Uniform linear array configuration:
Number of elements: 64
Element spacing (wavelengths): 0.75
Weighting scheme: hann
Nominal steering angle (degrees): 15
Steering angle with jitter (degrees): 14.395
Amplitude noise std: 0.05
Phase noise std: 0.05

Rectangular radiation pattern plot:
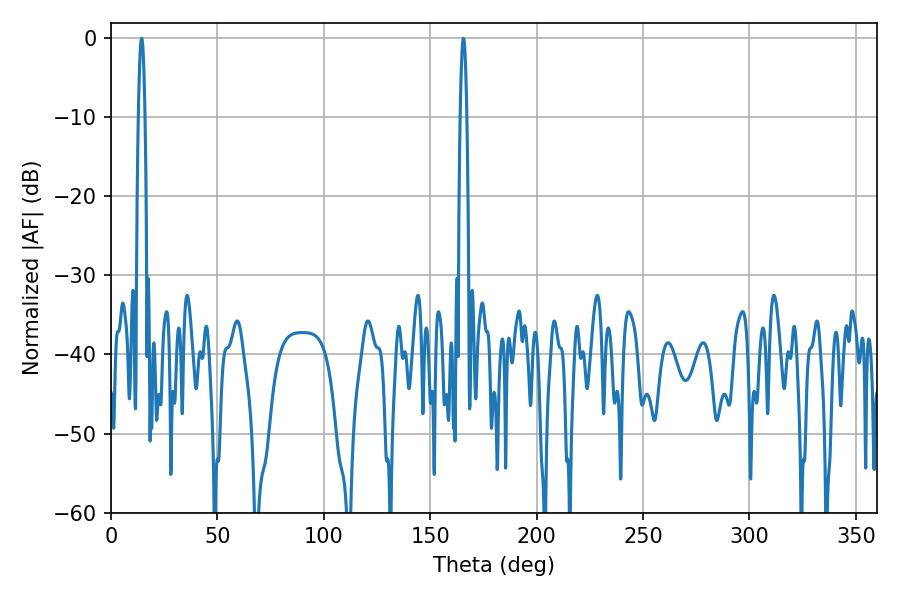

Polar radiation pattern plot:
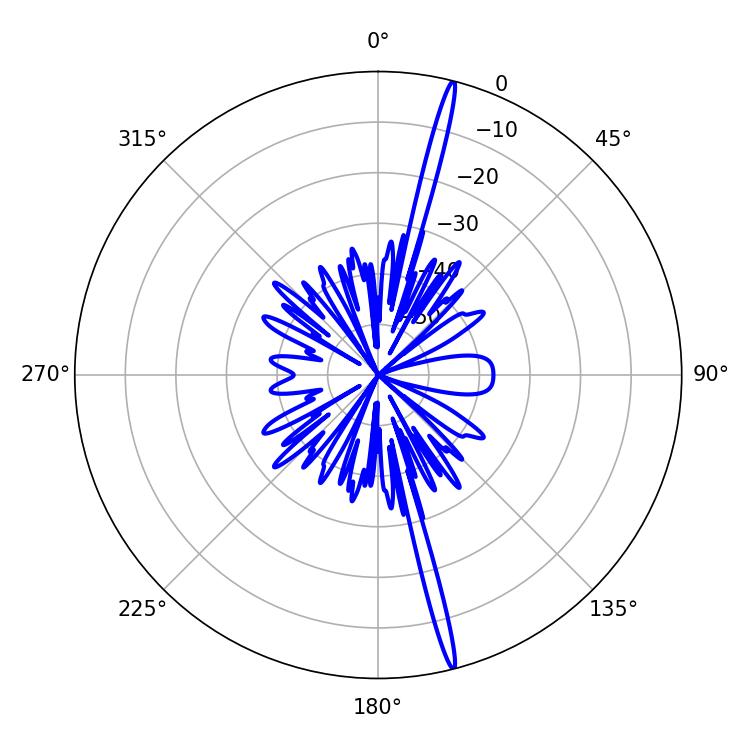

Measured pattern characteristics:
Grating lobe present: TRUE
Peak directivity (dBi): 20.857
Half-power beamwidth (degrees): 1.8
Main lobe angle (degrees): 14.4